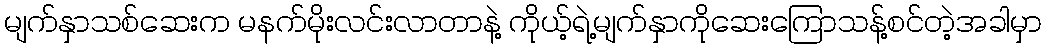
မျက်နှာသစ်ဆေးက မနက်မိုးလင်းလာတာနဲ့ ကိုယ့်ရဲ့မျက်နှာကိုဆေးကြောသန့်စင်တဲ့အခါမှာ